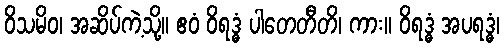
ဝိသမိဝ၊ အဆိပ်ကဲ့သို့။ ဧဝံ ဝိရဒ္ဓံ ပါတေတီတိ၊ ကား။ ဝိရဒ္ဓံ အပရဒ္ဓံ၊